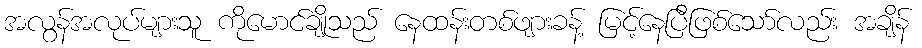
အလွန်အလုပ်များသူ ကိုမောင်ချိုသည် နေထန်းတစ်ဖျားခန့် မြင့်နေပြီဖြစ်သော်လည်း အချိန်